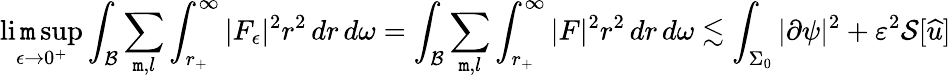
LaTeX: \operatorname*{li\mathtt{m}sup}_{\epsilon\to0^{+}}\int_{\mathcal{{B}}}\sum_{\mathtt{m},l}\int_{r_{+}}^{\infty}|F_{\epsilon}|^{2}r^{2}\, dr\, d\omega=\int_{\mathcal{{B}}}\sum_{\mathtt{m},l}\int_{r_{+}}^{\infty}|F|^{2}r^{2}\, dr\, d\omega\lesssim\int_{\Sigma_{0}}|\partial\psi|^{2}+\varepsilon^{2}\mathcal{{S}}[{\widehat{{u}}}]